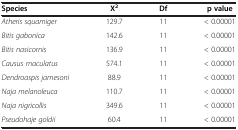
| Species | Χ2 | Df | p value |
 | --- | --- | --- | --- |
 | Atheris squamiger | 129.7 | 11 | < 0.00001 |
 | Bitis gabonica | 142.6 | 11 | < 0.00001 |
 | Bitis nasicornis | 136.9 | 11 | < 0.00001 |
 | Causus maculatus | 574.1 | 11 | < 0.00001 |
 | Dendroaspis jamesoni | 88.9 | 11 | < 0.00001 |
 | Naja melanoleuca | 110.7 | 11 | < 0.00001 |
 | Naja nigricollis | 349.6 | 11 | < 0.00001 |
 | Pseudohaje goldii | 60.4 | 11 | < 0.00001 |